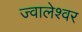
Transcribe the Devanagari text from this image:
ज्‍वालेश्‍वर